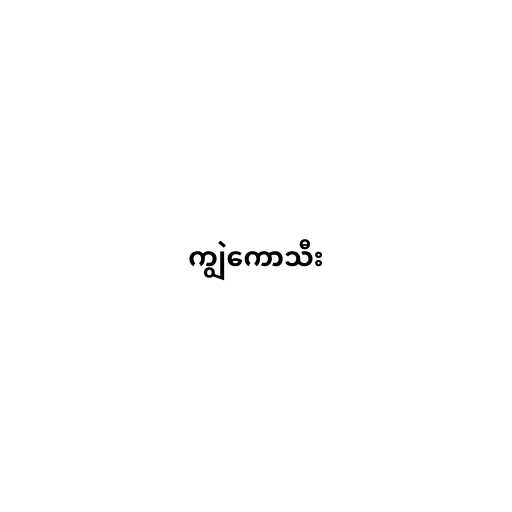
ကျွဲကောသီး